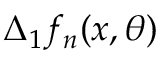
\Delta _ { 1 } f _ { n } ( x , \theta )